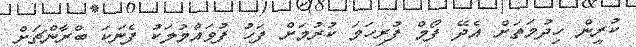
ކުރީން ހިދުމަތަށް އެދޭ ފޯމް ފުރިހަމަ ކުރުމަށް ފަހު ފުވައްމުލަކު ފެނަކަ ބްރާންޗަށް